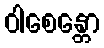
ဝါစေန္တော